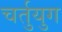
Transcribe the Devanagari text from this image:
चर्तुयुग